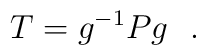
T = g^{-1}Pg\ \ .